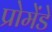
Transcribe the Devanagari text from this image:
प्रोमेंडे